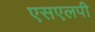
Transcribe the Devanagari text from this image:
एसएलपी